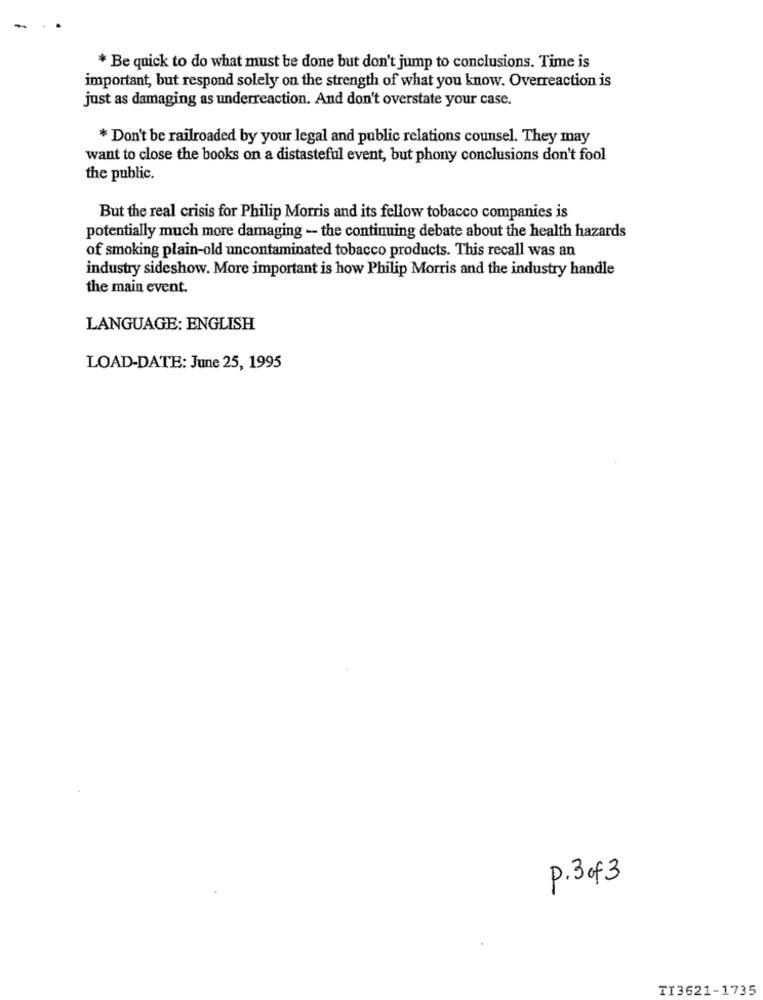
-
* Be quick to do what must be done but don't jump to conclusions. Time is
important, but respond solely on the strength of what you know. Overreaction is
just as damaging as underreaction. And don't overstate your case.
* Don't be railroaded by your legal and public relations counsel. They may
want to close the books on a distasteful event, but phony conclusions don't fool
the public.
But the real crisis for Philip Morris and its fellow tobacco companies is
potentially much more damaging - the continuing debate about the health hazards
of smoking plain-old uncontaminated tobacco products. This recall was an
industry sideshow. More important is how Philip Morris and the industry handle
the main event.
LANGUAGE: ENGLISH
LOAD-DATE: June 25, 1995
P.3 of 3
TI3621-1735